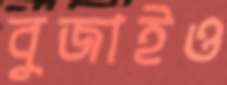
বুজাইও